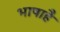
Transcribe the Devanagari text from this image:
भाषाहै